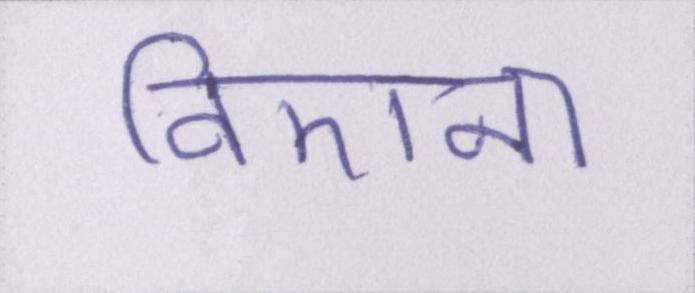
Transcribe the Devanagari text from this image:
विएना